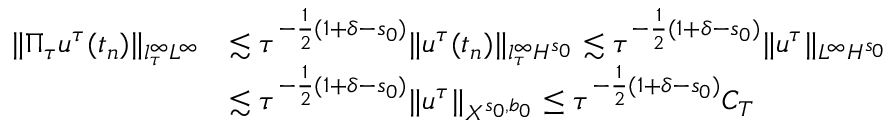
\begin{array} { r l } { \| \Pi _ { \tau } u ^ { \tau } ( t _ { n } ) \| _ { l _ { \tau } ^ { \infty } L ^ { \infty } } } & { \lesssim \tau ^ { - { \frac { 1 } { 2 } } ( 1 + \delta - s _ { 0 } ) } \| u ^ { \tau } ( t _ { n } ) \| _ { l _ { \tau } ^ { \infty } H ^ { s _ { 0 } } } \lesssim \tau ^ { - { \frac { 1 } { 2 } } ( 1 + \delta - s _ { 0 } ) } \| u ^ { \tau } \| _ { L ^ { \infty } H ^ { s _ { 0 } } } } \\ & { \lesssim \tau ^ { - { \frac { 1 } { 2 } } ( 1 + \delta - s _ { 0 } ) } \| u ^ { \tau } \| _ { X ^ { s _ { 0 } , b _ { 0 } } } \leq \tau ^ { - { \frac { 1 } { 2 } } ( 1 + \delta - s _ { 0 } ) } C _ { T } } \end{array}